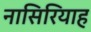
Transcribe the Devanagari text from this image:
नासिरियाह